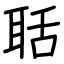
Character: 聒